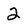
Character: 2